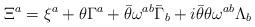
LaTeX: \begin{align*}\Xi^{a}=\xi^{a}+\theta\Gamma^{a}+\bar{\theta}\omega^{ab}\bar{\Gamma}_b+i\bar{\theta}\theta\omega^{ab}\Lambda_b\end{align*}